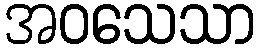
အဝသေသာ